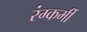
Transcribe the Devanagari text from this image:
रंग्कर्मी